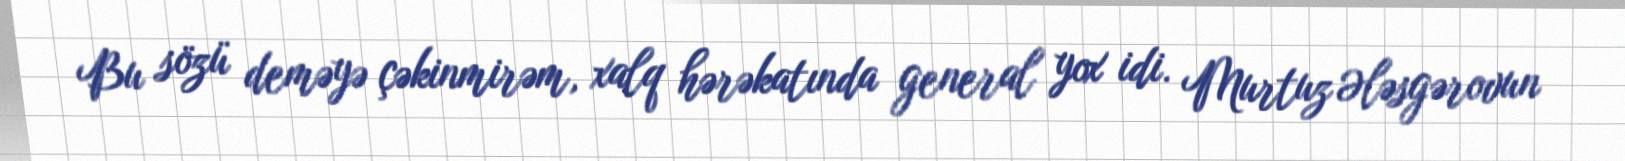
Bu sözü deməyə çəkinmirəm, xalq hərəkatında general yox idi. Murtuz Ələsgərovun